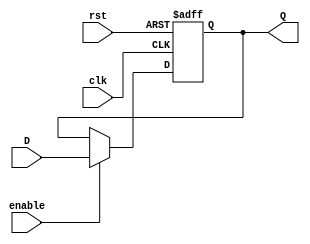
module nine_bit_register(D, enable, clk, rst, Q);
	input [8:0] D;
	input enable, clk, rst;
	output reg[8:0] Q;

	always @(posedge clk or posedge rst) begin
		if (rst == 1'b1)
			Q <= 9'b000000000;
		else if(enable)
			Q <= D;
	end
endmodule